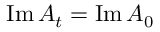
\operatorname { I m } A _ { t } = \operatorname { I m } A _ { 0 }